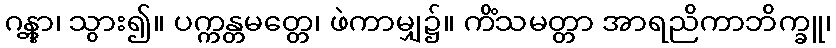
ဂန္တွာ၊ သွား၍။ ပက္ကန္တမတ္တေ၊ ဖဲကာမျှ၌။ ကိံသမတ္တာ အာရညိကာဘိက္ခူ၊